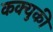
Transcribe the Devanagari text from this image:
कक्युकी